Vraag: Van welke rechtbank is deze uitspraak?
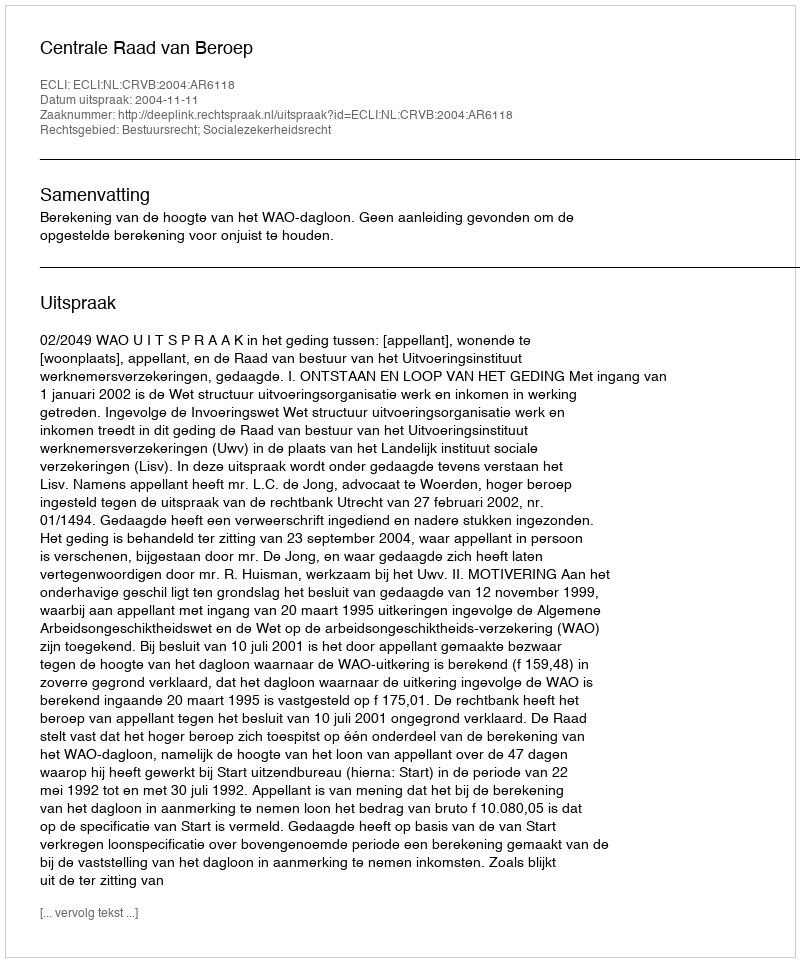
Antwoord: Centrale Raad van Beroep